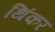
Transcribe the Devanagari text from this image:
थिंकर